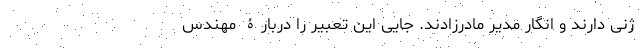
ژنی دارند و انگار مدیر مادر‌زادند. جایی این تعبیر را دربارۀ مهندس